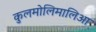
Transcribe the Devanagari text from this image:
कुलमोलिमालिआ